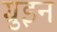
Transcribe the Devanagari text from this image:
ग्रुइन